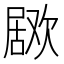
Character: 𣤅